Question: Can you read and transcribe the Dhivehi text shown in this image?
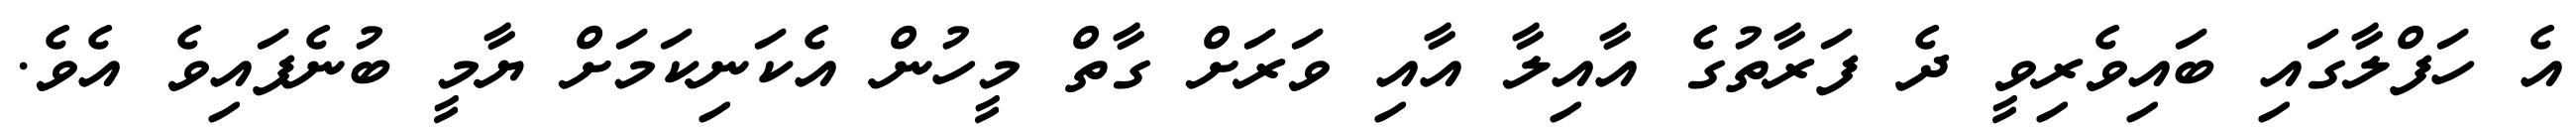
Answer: އެ ހަފްލާގައި ބައިވެރިވީ ދެ ފަރާތުގެ އާއިލާ އާއި ވަރަށް ގާތް މީހުން އެކަނިކަމަށް ޔާމީ ބުނެފައިވެ އެވެ.